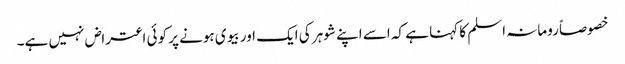
خصوصاً رومانہ اسلم کا کہنا ہے کہ اسے اپنے شوہر کی ایک اور بیوی ہونے پر کوئی اعتراض نہیں ہے۔